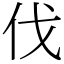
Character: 伐